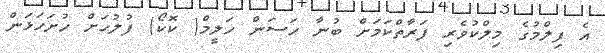
އެ ފިލްމުގެ މިލްކުވެރި ފަރާތްކަމަށް ބުނާ ހަސަން ހަލީމް( ކޮކޯ) ފުލުހަށް ހުށަހަޅަން